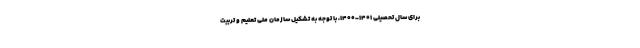
برای سال تحصیلی ۱۴۰۱-۱۴۰۰، با توجه به تشکیل سازمان ملی تعلیم و تربیت